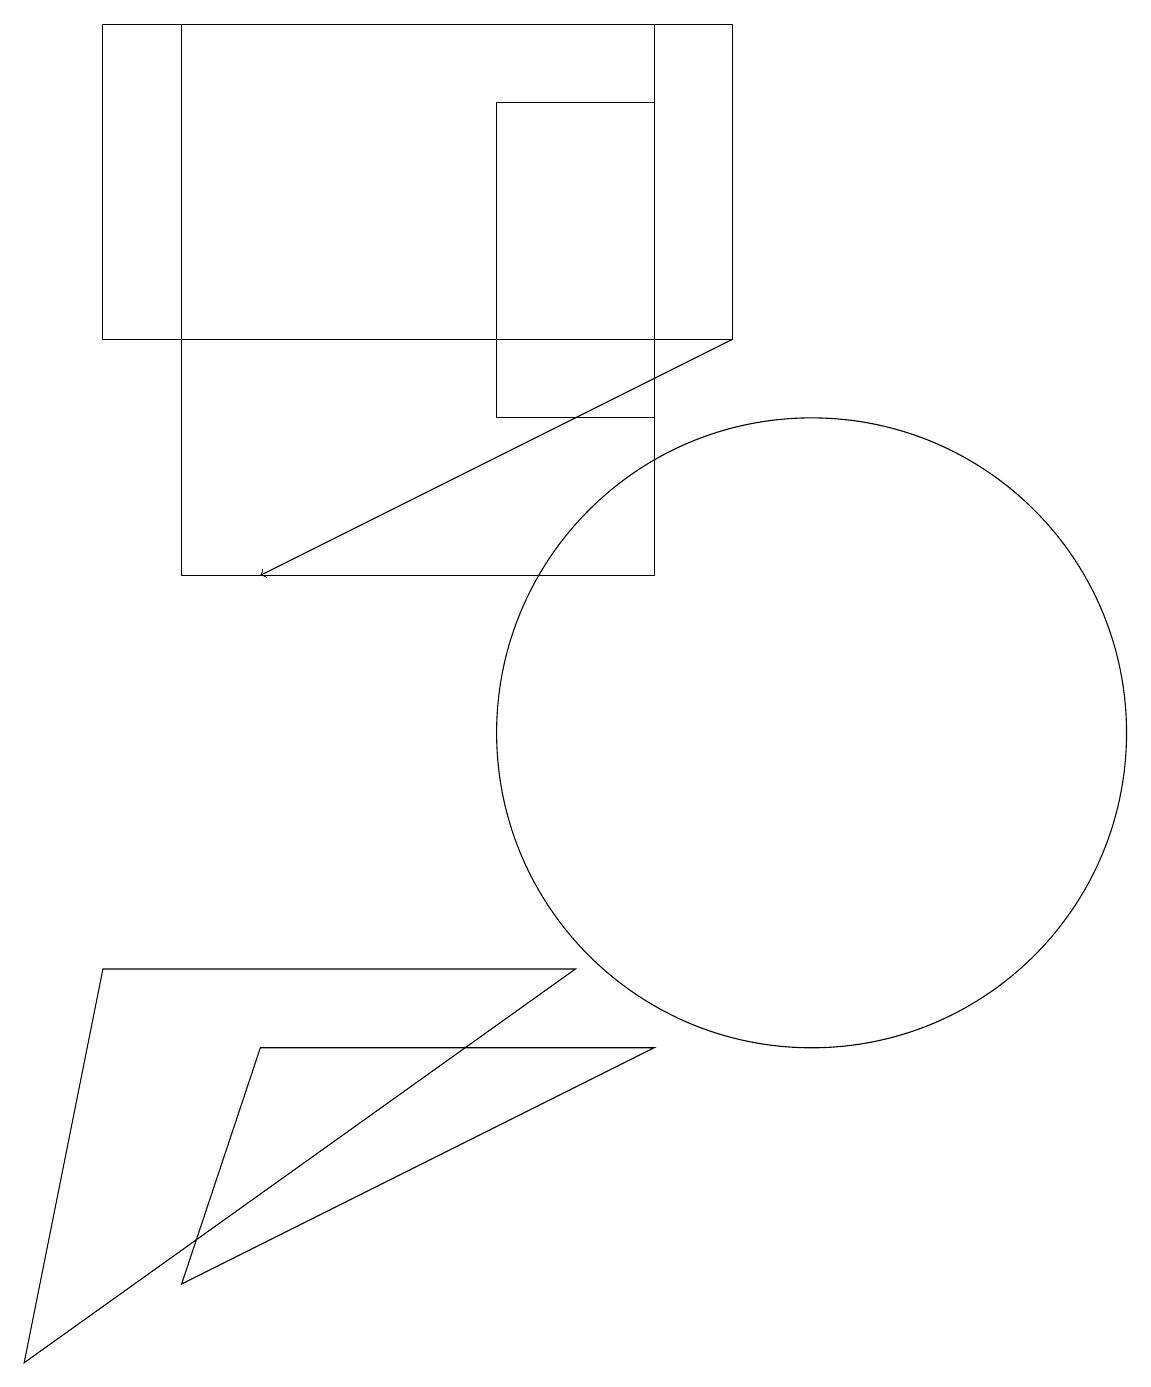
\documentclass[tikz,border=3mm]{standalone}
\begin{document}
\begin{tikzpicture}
\draw (8,12) rectangle (2,19);
\draw (8,14) rectangle (6,18);
\draw[->] (9,15) -- (3,12);
\draw (2,3) -- (3,6) -- (8,6) -- cycle;
\draw (1,15) rectangle (9,19);
\draw (1,7) -- (0,2) -- (7,7) -- cycle;
\draw (10,10) circle (4);
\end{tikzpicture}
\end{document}